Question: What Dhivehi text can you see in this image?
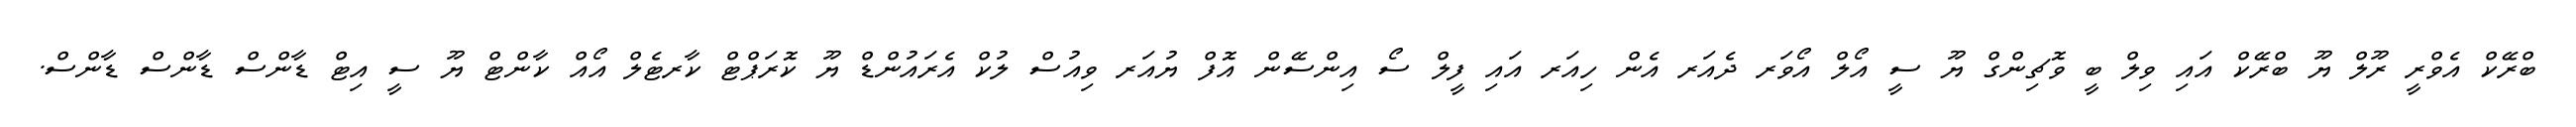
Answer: ބްރޭކް އެވްރީ ރޫލް ޔޫ ބްރޭކް އައި ވިލް ބީ ވޮޗިންގް ޔޫ ސީ އޯލް އޯވަރ ދެއަރ އެން ހިއަރ އައި ފީލް ސޯ އިންސޭން އޮފް ޔުއަރ ވިއުސް ލުކް އެރައުންޑް ޔޫ ކޮރަޕްޓް ކާރޓެލް އޯއް ކާންޓް ޔޫ ސީ އިޓް ޑާންސް ޑާންސް ޑާންސް.